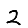
Digit: 2